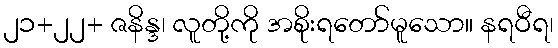
၂၁+၂၂+ ဇနိန္ဒ၊ လူတို့ကို အစိုးရတော်မူသော။ နရဝီရ၊